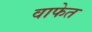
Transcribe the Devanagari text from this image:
वाफेत